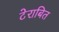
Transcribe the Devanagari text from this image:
टेराबित